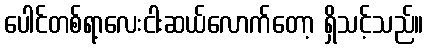
ပေါင်တစ်ရာ့လေးငါးဆယ်လောက်တော့ ရှိသင့်သည်။